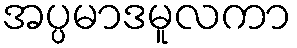
အပ္ပမာဒမူလကာ